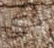
لدي